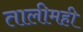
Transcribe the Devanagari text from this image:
तालीमही